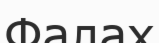
Фалах